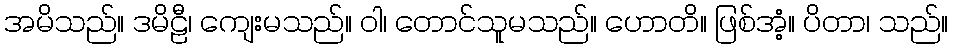
အမိသည်။ ဒမိဠီ၊ ကျေးမသည်။ ဝါ၊ တောင်သူမသည်။ ဟောတိ။ ဖြစ်အံ့။ ပိတာ၊ သည်။